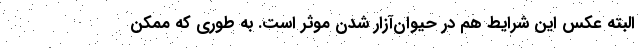
البته عکس این شرایط هم در حیوان‌آزار شدن موثر است. به طوری که ممکن